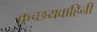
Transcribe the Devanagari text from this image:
कच्छयवाहिनी